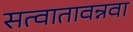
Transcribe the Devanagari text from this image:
सत्वातावन्नवा